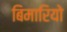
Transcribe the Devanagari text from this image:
बिमारियो